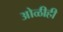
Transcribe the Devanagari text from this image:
ओळीही